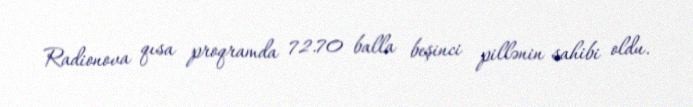
Radionova qısa proqramda 72.70 balla beşinci pillənin sahibi oldu.